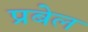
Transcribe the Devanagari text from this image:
प्रबेल